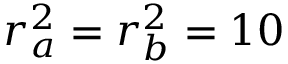
r _ { a } ^ { 2 } = r _ { b } ^ { 2 } = 1 0